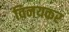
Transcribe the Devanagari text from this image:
विनयकर